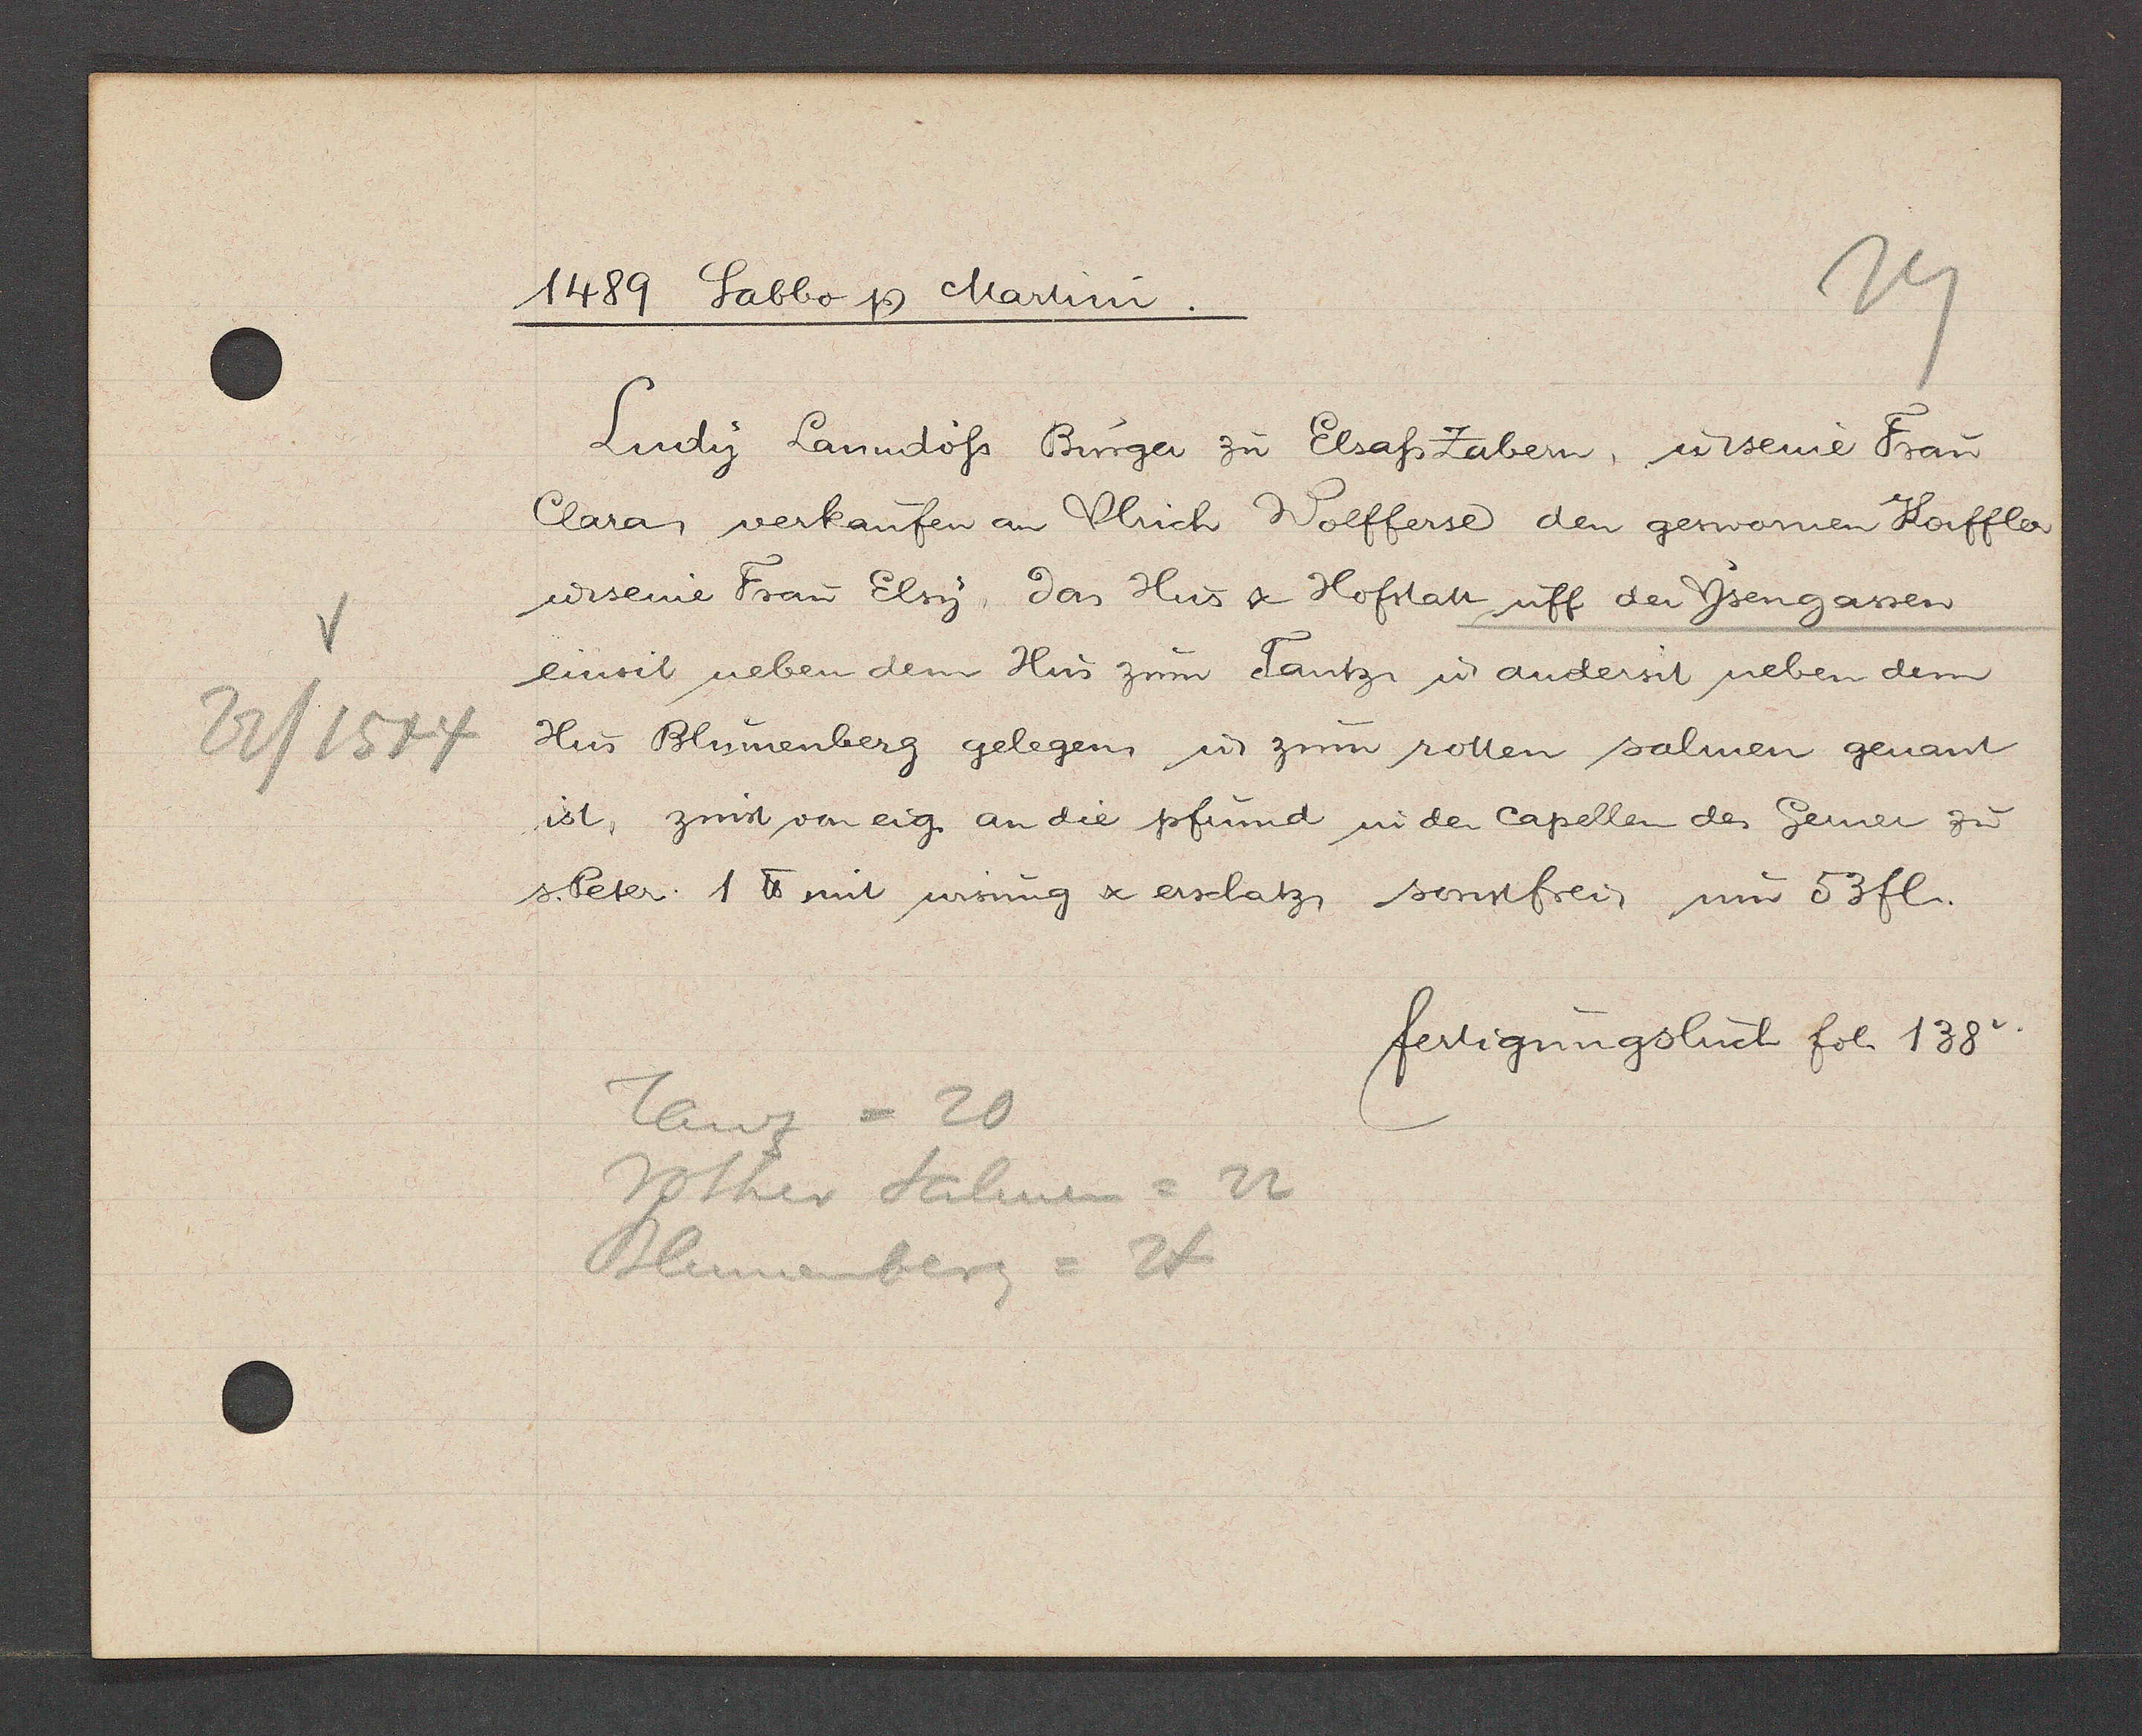
Transcript:
22/1544

1489 Sabbo Ƿ Martini.
Ludy Lanndoss Burger zu Elsass Zabern, u. seine Frau
Clara, verkaufen an Ulrich Wolfferse den geswornen Koiffler
u.seine Frau Elsy, das Hus & Hofstatt uff der Ysengassen
ensit neben dem Hus zum Tantz ư andersit neben dem
Hus Blumenberg gelegen ư zum rotten salmen genant
ist, zinst von eig an die pfrund in der Capellen des Gerner zu
s.Peter. 1 ℔ mit wisung & erschatz, sonstfrei, um 53fl.
fertigungsbuch fol. 138v
Tanz = 20
Rother Salmen= 22
Blumenberg =24